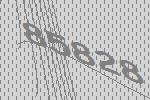
85828